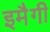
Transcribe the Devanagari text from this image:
इमैगी